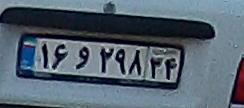
۱۶و۲۹۸۳۴